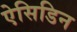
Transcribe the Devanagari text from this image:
ऐसिडिन